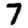
Digit: 7